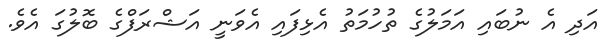
އަދި އެ ނުބައި އަމަލުގެ ތުހުމަތު އެޅިފައި އެވަނީ އަޝްރަފްގެ ބޮލުގަ އެވެ.